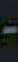
-